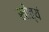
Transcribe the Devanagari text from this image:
खोत्यं